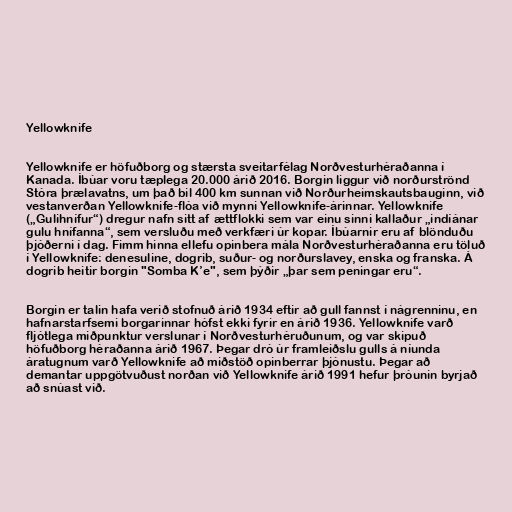
Yellowknife

Yellowknife er höfuðborg og stærsta sveitarfélag Norðvesturhéraðanna í
Kanada. Íbúar voru tæplega 20.000 árið 2016. Borgin liggur við norðurströnd
Stóra þrælavatns, um það bil 400 km sunnan við Norðurheimskautsbauginn, við
vestanverðan Yellowknife-flóa við mynni Yellowknife-árinnar. Yellowknife
(„Gulihnífur“) dregur nafn sitt af ættflokki sem var einu sinni kallaður „indíánar
gulu hnífanna“, sem versluðu með verkfæri úr kopar. Íbúarnir eru af blönduðu
þjóðerni í dag. Fimm hinna ellefu opinbera mála Norðvesturhéraðanna eru töluð
í Yellowknife: denesuline, dogrib, suður- og norðurslavey, enska og franska. Á
dogrib heitir borgin "Somba K’e", sem þýðir „þar sem peningar eru“.

Borgin er talin hafa verið stofnuð árið 1934 eftir að gull fannst í nágrenninu, en
hafnarstarfsemi borgarinnar hófst ekki fyrir en árið 1936. Yellowknife varð
fljótlega miðpunktur verslunar í Norðvesturhéruðunum, og var skipuð
höfuðborg héraðanna árið 1967. Þegar dró úr framleiðslu gulls á níunda
áratugnum varð Yellowknife að miðstöð opinberrar þjónustu. Þegar að
demantar uppgötvuðust norðan við Yellowknife árið 1991 hefur þróunin byrjað
að snúast við.